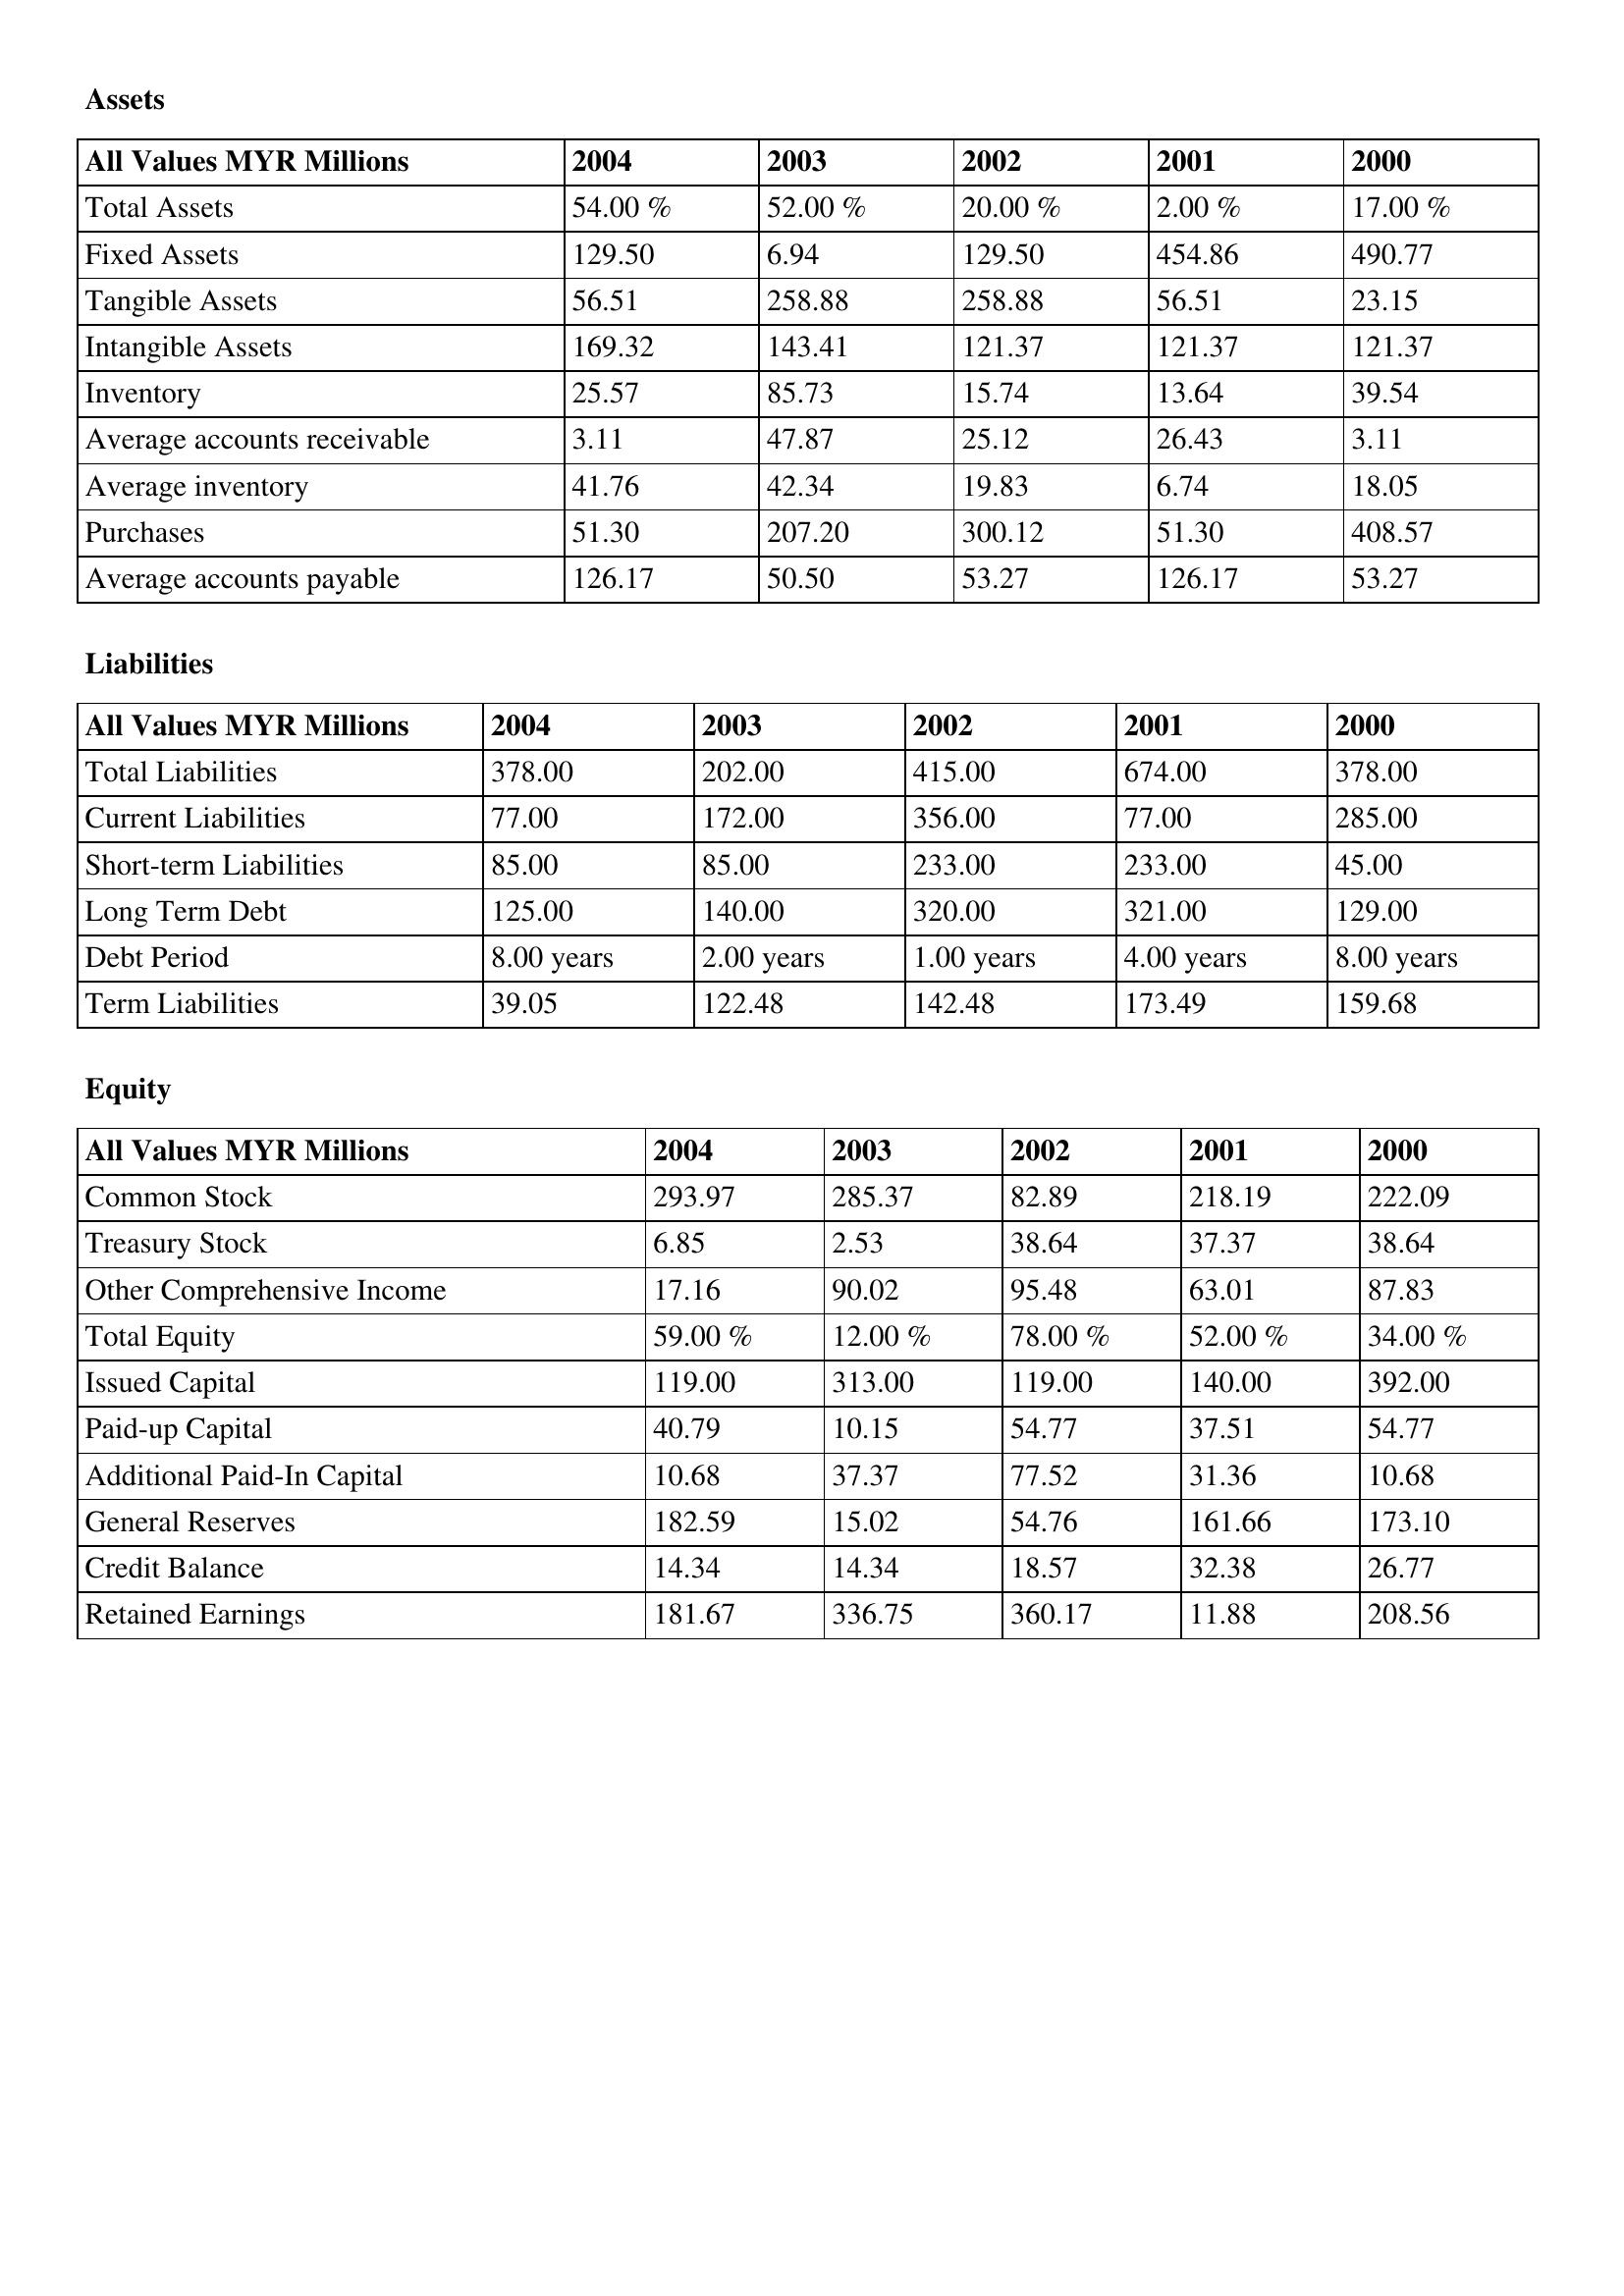
gt_parse: 2004: Assets: Total Assets: 54.00 %
Fixed Assets: 129.50
Tangible Assets: 56.51
Intangible Assets: 169.32
Inventory: 25.57
Average accounts receivable: 3.11
Average inventory: 41.76
Purchases: 51.30
Average accounts payable: 126.17
Liabilities: Total Liabilities: 378.00
Current Liabilities: 77.00
Short-term Liabilities: 85.00
Long Term Debt: 125.00
Debt Period: 8.00 years
Term Liabilities: 39.05
Equity: Common Stock: 293.97
Treasury Stock: 6.85
Other Comprehensive Income: 17.16
Total Equity: 59.00 %
Issued Capital: 119.00
Paid-up Capital: 40.79
Additional Paid-In Capital: 10.68
General Reserves: 182.59
Credit Balance: 14.34
Retained Earnings: 181.67
2003: Assets: Total Assets: 52.00 %
Fixed Assets: 6.94
Tangible Assets: 258.88
Intangible Assets: 143.41
Inventory: 85.73
Average accounts receivable: 47.87
Average inventory: 42.34
Purchases: 207.20
Average accounts payable: 50.50
Liabilities: Total Liabilities: 202.00
Current Liabilities: 172.00
Short-term Liabilities: 85.00
Long Term Debt: 140.00
Debt Period: 2.00 years
Term Liabilities: 122.48
Equity: Common Stock: 285.37
Treasury Stock: 2.53
Other Comprehensive Income: 90.02
Total Equity: 12.00 %
Issued Capital: 313.00
Paid-up Capital: 10.15
Additional Paid-In Capital: 37.37
General Reserves: 15.02
Credit Balance: 14.34
Retained Earnings: 336.75
2002: Assets: Total Assets: 20.00 %
Fixed Assets: 129.50
Tangible Assets: 258.88
Intangible Assets: 121.37
Inventory: 15.74
Average accounts receivable: 25.12
Average inventory: 19.83
Purchases: 300.12
Average accounts payable: 53.27
Liabilities: Total Liabilities: 415.00
Current Liabilities: 356.00
Short-term Liabilities: 233.00
Long Term Debt: 320.00
Debt Period: 1.00 years
Term Liabilities: 142.48
Equity: Common Stock: 82.89
Treasury Stock: 38.64
Other Comprehensive Income: 95.48
Total Equity: 78.00 %
Issued Capital: 119.00
Paid-up Capital: 54.77
Additional Paid-In Capital: 77.52
General Reserves: 54.76
Credit Balance: 18.57
Retained Earnings: 360.17
2001: Assets: Total Assets: 2.00 %
Fixed Assets: 454.86
Tangible Assets: 56.51
Intangible Assets: 121.37
Inventory: 13.64
Average accounts receivable: 26.43
Average inventory: 6.74
Purchases: 51.30
Average accounts payable: 126.17
Liabilities: Total Liabilities: 674.00
Current Liabilities: 77.00
Short-term Liabilities: 233.00
Long Term Debt: 321.00
Debt Period: 4.00 years
Term Liabilities: 173.49
Equity: Common Stock: 218.19
Treasury Stock: 37.37
Other Comprehensive Income: 63.01
Total Equity: 52.00 %
Issued Capital: 140.00
Paid-up Capital: 37.51
Additional Paid-In Capital: 31.36
General Reserves: 161.66
Credit Balance: 32.38
Retained Earnings: 11.88
2000: Assets: Total Assets: 17.00 %
Fixed Assets: 490.77
Tangible Assets: 23.15
Intangible Assets: 121.37
Inventory: 39.54
Average accounts receivable: 3.11
Average inventory: 18.05
Purchases: 408.57
Average accounts payable: 53.27
Liabilities: Total Liabilities: 378.00
Current Liabilities: 285.00
Short-term Liabilities: 45.00
Long Term Debt: 129.00
Debt Period: 8.00 years
Term Liabilities: 159.68
Equity: Common Stock: 222.09
Treasury Stock: 38.64
Other Comprehensive Income: 87.83
Total Equity: 34.00 %
Issued Capital: 392.00
Paid-up Capital: 54.77
Additional Paid-In Capital: 10.68
General Reserves: 173.10
Credit Balance: 26.77
Retained Earnings: 208.56